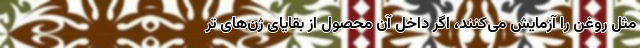
مثل روغن را آزمایش می‌کنند، اگر داخل آن محصول از بقایای ژن‌های تر